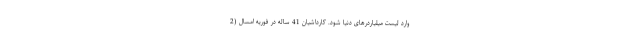
وارد لیست میلیاردرهای دنیا شود. کارداشیان 41 ساله در فوریه امسال (2